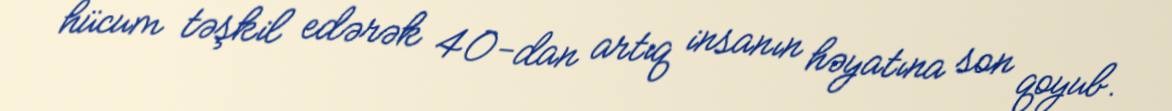
hücum təşkil edərək 40-dan artıq insanın həyatına son qoyub.